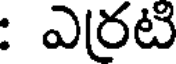
: ఎరటి